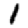
Digit: 1